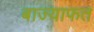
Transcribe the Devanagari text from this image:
बाज्याफत